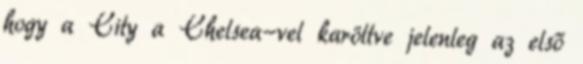
hogy a City a Chelsea-vel karöltve jelenleg az első